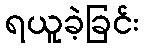
ရယူခဲ့ခြင်း